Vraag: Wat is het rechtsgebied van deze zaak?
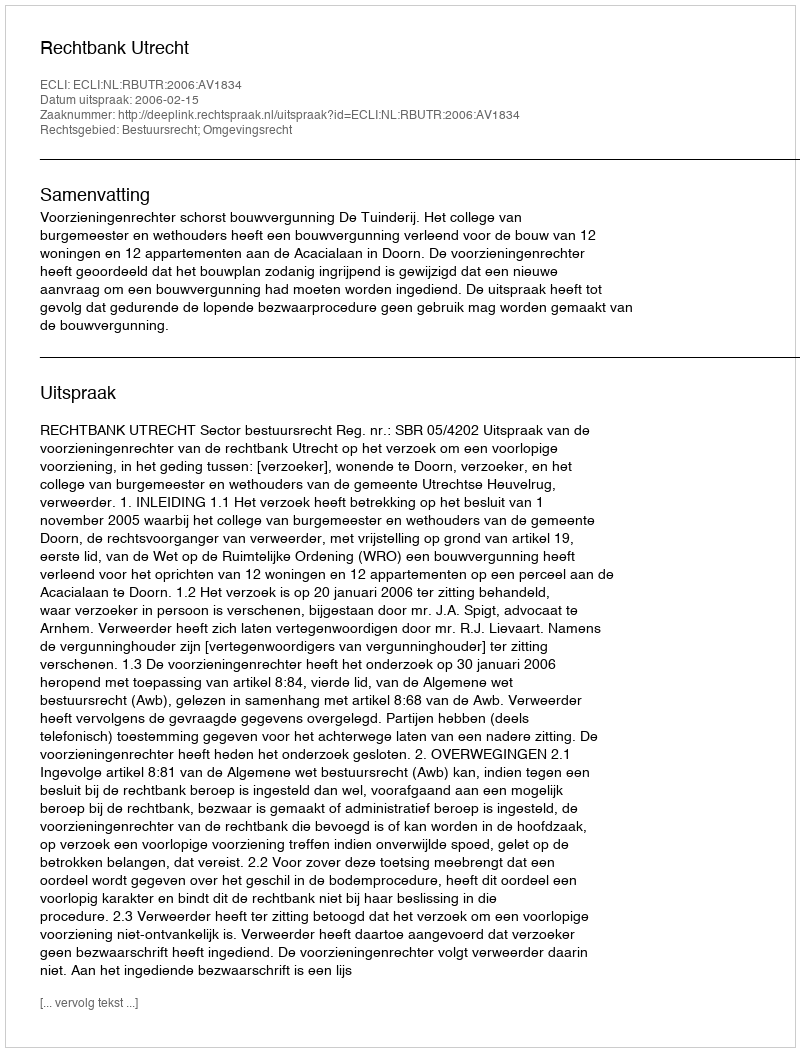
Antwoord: Bestuursrecht; Omgevingsrecht